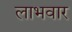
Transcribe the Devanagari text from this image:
लाभवार